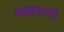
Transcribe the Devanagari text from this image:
अख़बारी